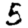
Digit: 5